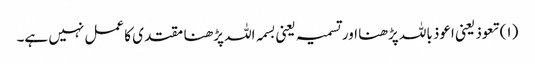
(۱) تعوذ یعنی اعوذ باللہ پڑھنا اور تسمیہ یعنی بسمہ اللہ پڑھنا مقتدی کا عمل نہیں ہے۔